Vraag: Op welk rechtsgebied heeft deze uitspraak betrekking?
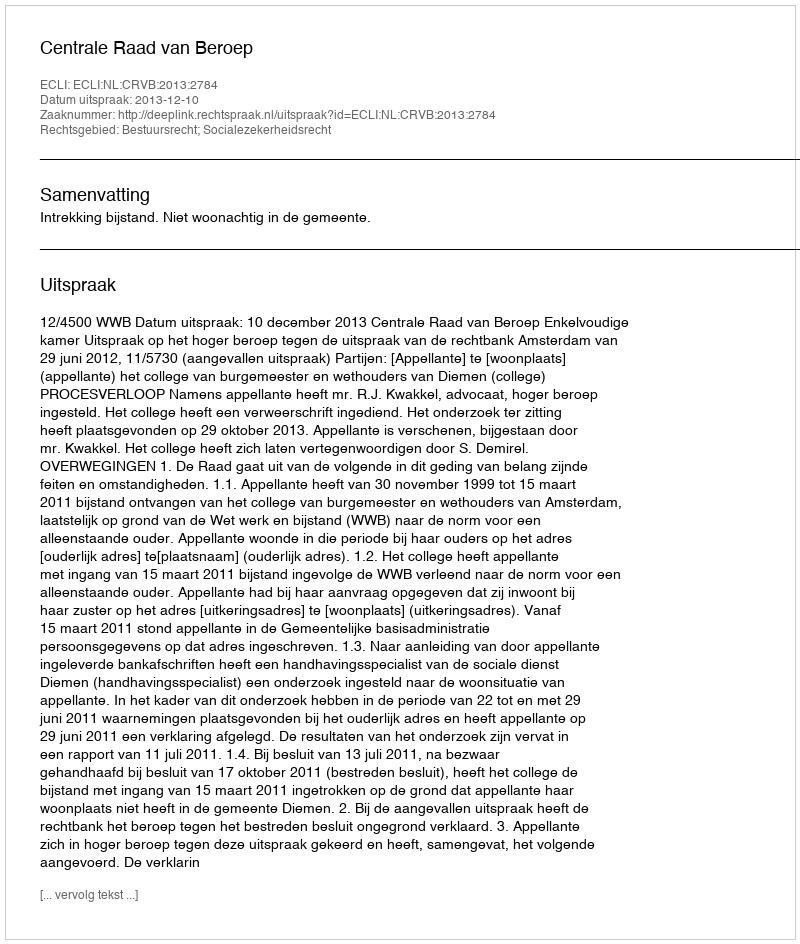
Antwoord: Bestuursrecht; Socialezekerheidsrecht